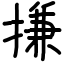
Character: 搛